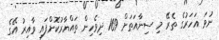
ނުވަ އަހަރުގެ ތެރޭ މި ސިނާއަތަށް 169 ދިވެހިން ތައްޔާރުކޮށްފައި ވާއިރު އޭގެ